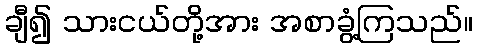
ချီ၍ သားငယ်တို့အား အစာခွံ့ကြသည်။